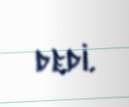
dedi.